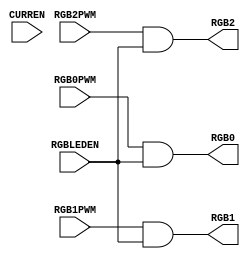
//======================================================================
//
// SB_RGBA_DRV.v
// -------------
// Dummy version of the SB_RGBA_DRV hard macro in Lattice iCE40 UP
// devices. This is just to be able to build the testbench. The only
// functionality we need is to be able to set the LEDs.
//
//
// Copyright (C) 2023 - Tillitis AB
// SPDX-License-Identifier: GPL-2.0-only
//
//======================================================================

`default_nettype none

module SB_RGBA_DRV (
                    input wire RGBLEDEN,
                    input wire RGB0PWM,
                    input wire RGB1PWM,
                    input wire RGB2PWM,

		    /* verilator lint_off UNUSEDSIGNAL */
                    input wire CURREN,
		    /* verilator lint_on UNUSEDSIGNAL */

                    output wire RGB0,
                    output wire RGB1,
                    output wire RGB2
		   );

  /* verilator lint_off UNUSEDPARAM */
  parameter CURRENT_MODE = 1;
  parameter RGB0_CURRENT = 8'h0;
  parameter RGB1_CURRENT = 8'h0;
  parameter RGB2_CURRENT = 8'h0;
  /* verilator lint_on UNUSEDPARAM */

  assign RGB0 = RGB0PWM & RGBLEDEN;
  assign RGB1 = RGB1PWM & RGBLEDEN;
  assign RGB2 = RGB2PWM & RGBLEDEN;

endmodule // SB_RGBA_DRV

//======================================================================
// EOF SB_RGBA_DRV.v
//======================================================================